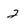
Character: 2